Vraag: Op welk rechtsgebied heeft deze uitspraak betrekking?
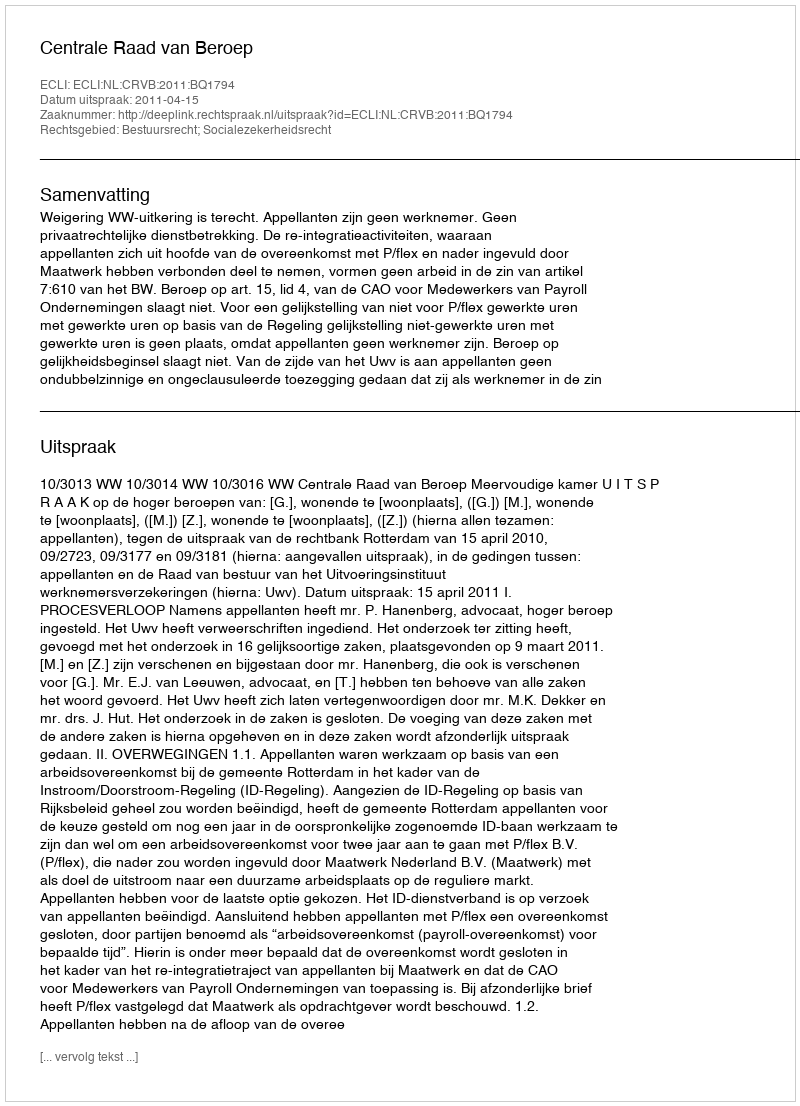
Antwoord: Bestuursrecht; Socialezekerheidsrecht